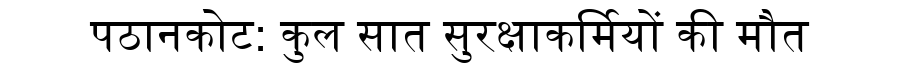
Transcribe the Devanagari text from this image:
पठानकोट: कुल सात सुरक्षाकर्मियों की मौत